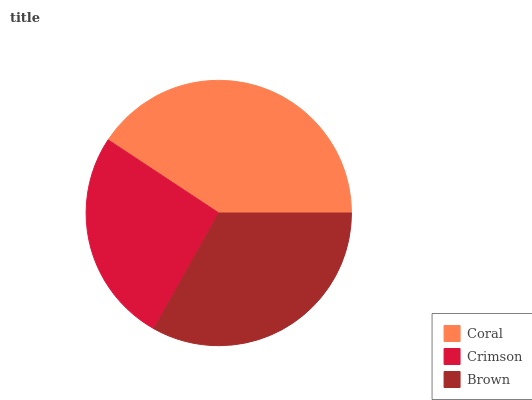
| Coral | Crimson | Brown |
 | --- | --- | --- |
 | 40.8% | 26.1% | 33.1% |